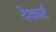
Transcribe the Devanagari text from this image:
देकार्ट